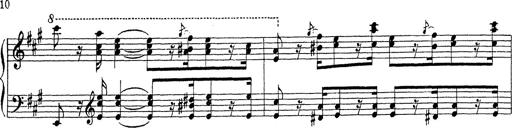
Title: Ballade No.1
Composer: Richard St. Clair